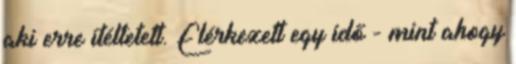
aki erre ítéltetett. Elérkezett egy idő - mint ahogy